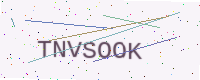
Text: TNVSOOK